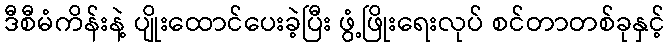
ဒီစီမံကိန်းနဲ့ ပျိုးထောင်ပေးခဲ့ပြီး ဖွံ့ဖြိုးရေးလုပ် စင်တာတစ်ခုနှင့်